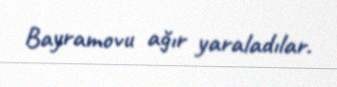
Bayramovu ağır yaraladılar.